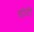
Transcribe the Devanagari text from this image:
डॉटी